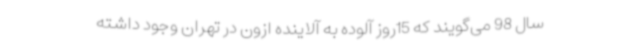
سال 98 می‌گویند که 15روز آلوده به آلاینده ازون در تهران وجود داشته